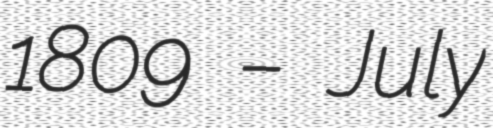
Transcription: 1809 – July